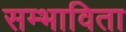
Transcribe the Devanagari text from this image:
सम्भाविता